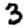
Digit: 3